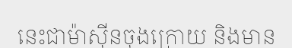
នេះជាម៉ាស៊ីនចុងក្រោយ និងមាន